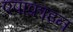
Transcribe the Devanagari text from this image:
एपाफ्राइन